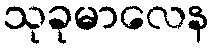
သုခုမာလေန